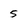
Character: 5